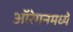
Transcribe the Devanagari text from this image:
ऑरेगनमध्ये